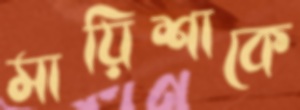
মায়িশাকে